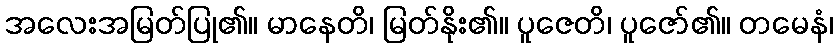
အလေးအမြတ်ပြု၏။ မာနေတိ၊ မြတ်နိုး၏။ ပူဇေတိ၊ ပူဇော်၏။ တမေနံ၊